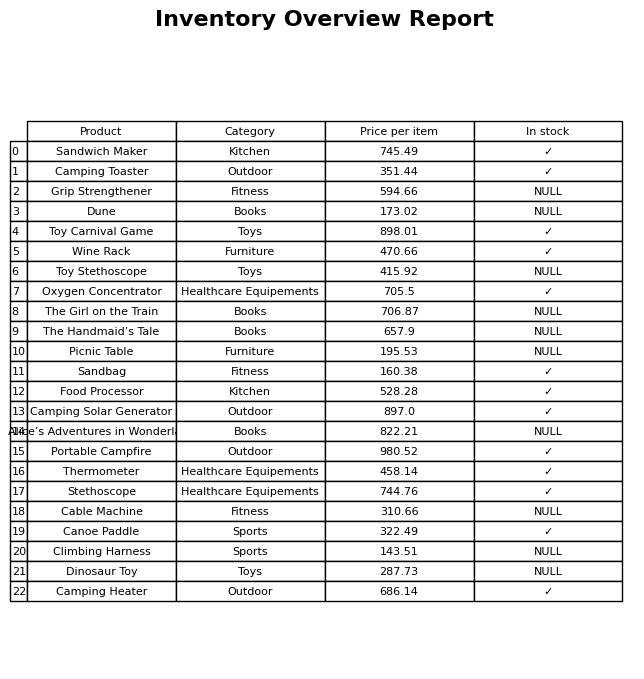
question: What is the price for Camping Solar Generator?
answer: The price of Camping Solar Generator is 897.0.